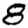
Digit: 8